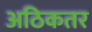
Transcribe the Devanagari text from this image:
अठिकतर